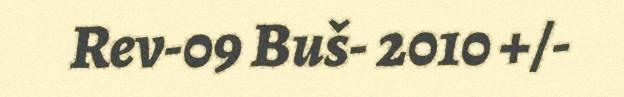
Rev-09 Buš- 2010 +/-